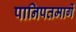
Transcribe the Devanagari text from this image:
पानिपतमार्गे